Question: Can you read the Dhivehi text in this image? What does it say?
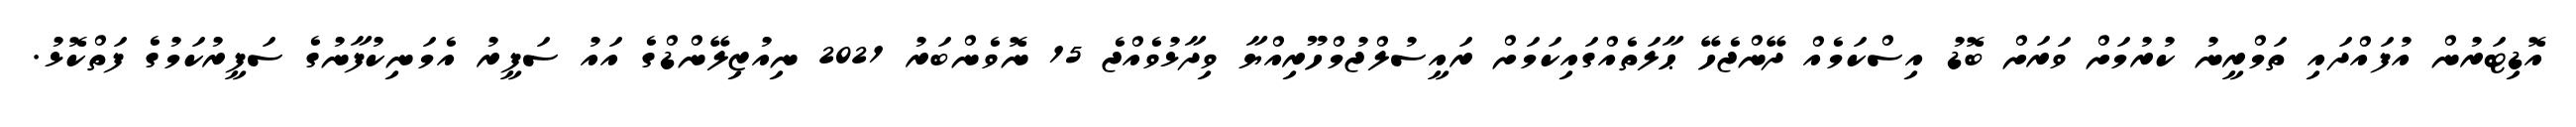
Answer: އޮޑިޓަރުން އުފައްދައި ތަމްރީނު ކުރުމަށް ވަރަށް ބޮޑު އިސްކަމެއް ދޭންޖެހޭ ޙާލަތެއްގައިކަމަށް ރައީސުލްޖުމްހޫރިއްޔާ ވިދާޅުވެއްޖެ 15 ނޮވެންބަރު 2021 ނިއުޒިލޭންޑްގެ އައު ސަފީރު އެމަނިކުފާނުގެ ސަފީރުކަމުގެ ފަތްކޮޅު.